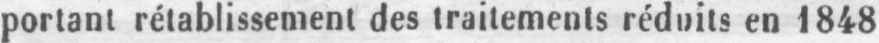
portant rétablissement des traitements réduits en 1848